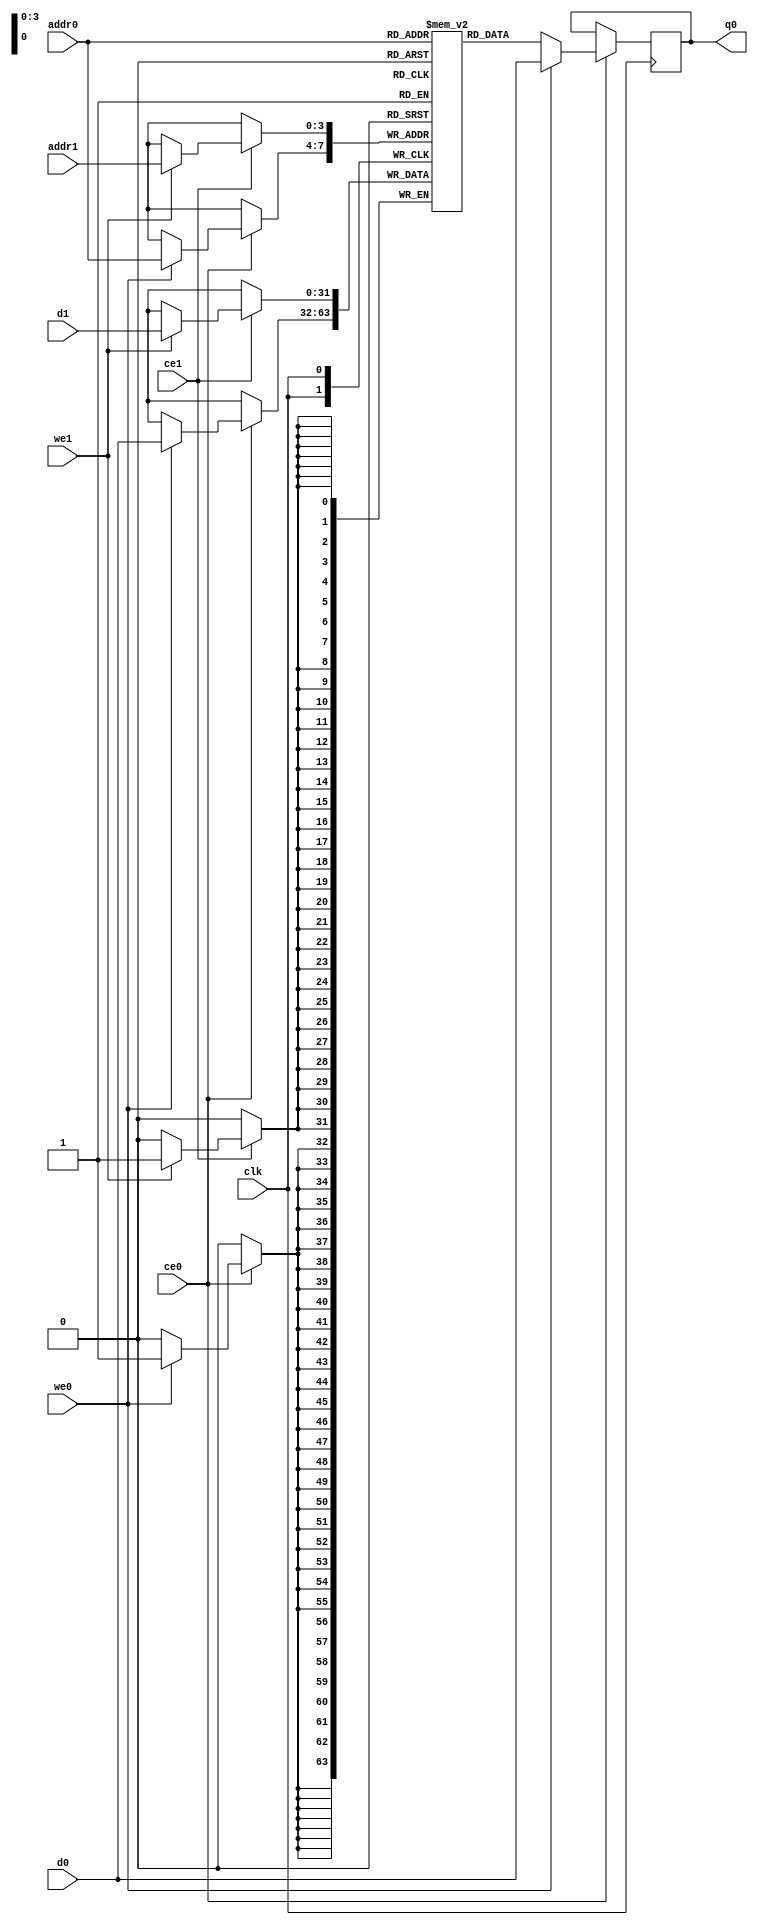
// ==============================================================
// File generated by Vivado(TM) HLS - High-Level Synthesis from C, C++ and SystemC
// Version: 2018.2
// Copyright (C) 1986-2018 Xilinx, Inc. All Rights Reserved.
// 
// ==============================================================

`timescale 1 ns / 1 ps
module cnn_1_conv_buf_ram (addr0, ce0, d0, we0, q0, addr1, ce1, d1, we1,  clk);

parameter DWIDTH = 32;
parameter AWIDTH = 4;
parameter MEM_SIZE = 9;

input[AWIDTH-1:0] addr0;
input ce0;
input[DWIDTH-1:0] d0;
input we0;
output reg[DWIDTH-1:0] q0;
input[AWIDTH-1:0] addr1;
input ce1;
input[DWIDTH-1:0] d1;
input we1;
input clk;

(* ram_style = "block" *)reg [DWIDTH-1:0] ram[0:MEM_SIZE-1];




always @(posedge clk)  
begin 
    if (ce0) 
    begin
        if (we0) 
        begin 
            ram[addr0] <= d0; 
            q0 <= d0;
        end 
        else 
            q0 <= ram[addr0];
    end
end


always @(posedge clk)  
begin 
    if (ce1) 
    begin
        if (we1) 
        begin 
            ram[addr1] <= d1; 
        end 
    end
end


endmodule


`timescale 1 ns / 1 ps
module cnn_1_conv_buf(
    reset,
    clk,
    address0,
    ce0,
    we0,
    d0,
    q0,
    address1,
    ce1,
    we1,
    d1);

parameter DataWidth = 32'd32;
parameter AddressRange = 32'd9;
parameter AddressWidth = 32'd4;
input reset;
input clk;
input[AddressWidth - 1:0] address0;
input ce0;
input we0;
input[DataWidth - 1:0] d0;
output[DataWidth - 1:0] q0;
input[AddressWidth - 1:0] address1;
input ce1;
input we1;
input[DataWidth - 1:0] d1;



cnn_1_conv_buf_ram cnn_1_conv_buf_ram_U(
    .clk( clk ),
    .addr0( address0 ),
    .ce0( ce0 ),
    .we0( we0 ),
    .d0( d0 ),
    .q0( q0 ),
    .addr1( address1 ),
    .ce1( ce1 ),
    .we1( we1 ),
    .d1( d1 ));

endmodule